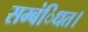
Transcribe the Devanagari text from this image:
सम्बंिधत।